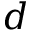
d